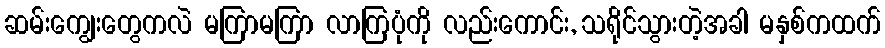
ဆမ်းကျွေးတွေကလဲ မကြာမကြာ လာကြပုံကို လည်းကောင်း, သရိုင်သွားတဲ့အခါ မနှစ်ကထက်